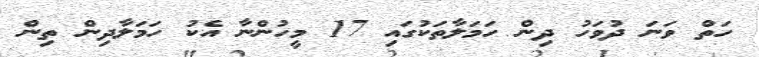
ހަތް ވަނަ ދުވަހު ދިން ހަމަލާތަކުގައި 17 މީހުންނާ އެކު ހަމަލާދިން ތިން